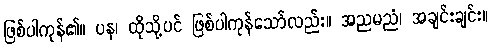
ဖြစ်ပါကုန်၏။ ပန၊ ထိုသို့ပင် ဖြစ်ပါကုန်သော်လည်း။ အညမညံ၊ အချင်းချင်း။